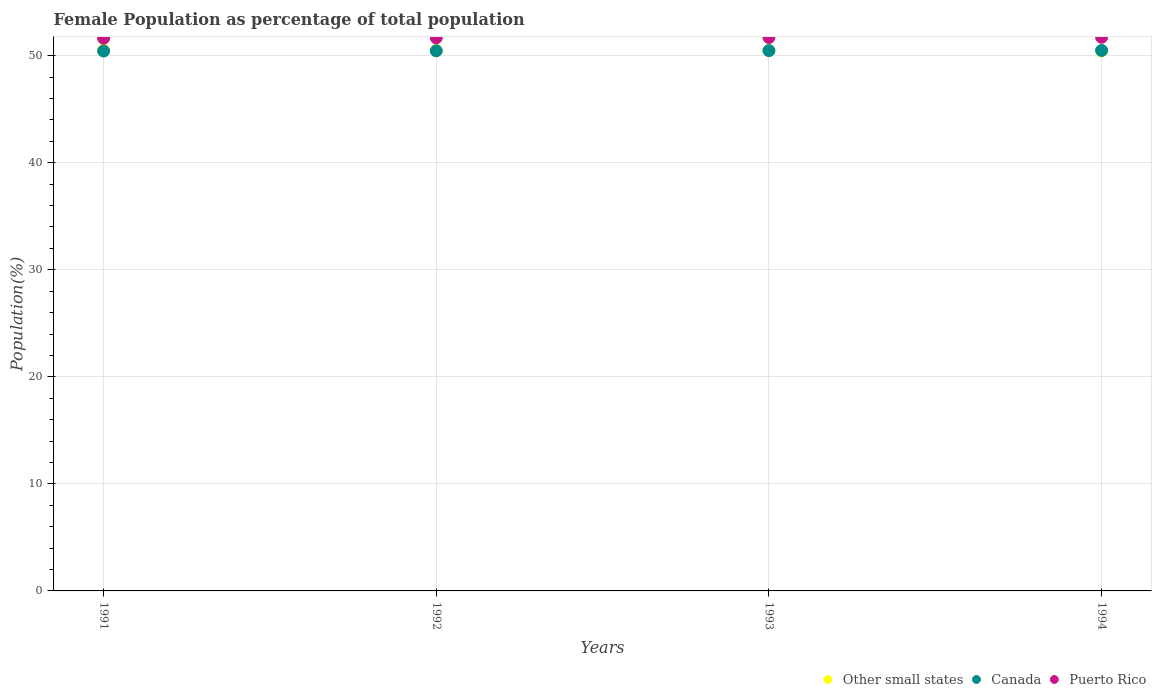
| Years | Other small states | Canada | Puerto Rico |
 | --- | --- | --- | --- |
 | 1991 | 50.5 | 50.4 | 51.6 |
 | 1992 | 50.5 | 50.5 | 51.7 |
 | 1993 | 50.5 | 50.5 | 51.7 |
 | 1994 | 50.4 | 50.5 | 51.7 |